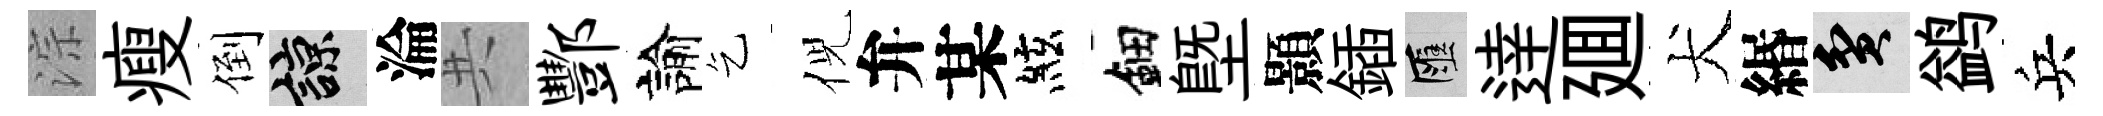
淙瘦倒諒淪共酆諭乞倪弁某絃鈿塈顥鍤匯逹廽犬緡貧鹢兵